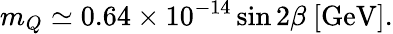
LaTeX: m_{Q}\simeq 0.64\times 10^{-14}\sin 2\beta\ \mathrm{[GeV]}.